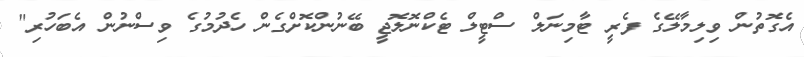
އެގޮތުން ވިލިމާލޭގެ ފެރީ ޓާމިނަލް ސްޓީލް ޓެކްނޮލޮޖީ ބޭނުންކޮށްގެން ހެދުމުގެ ވިސްނުން އެބަހުރި"